Punjab Mental Hospital Lahore 1922-31 - 1922-1931
Year: 1922
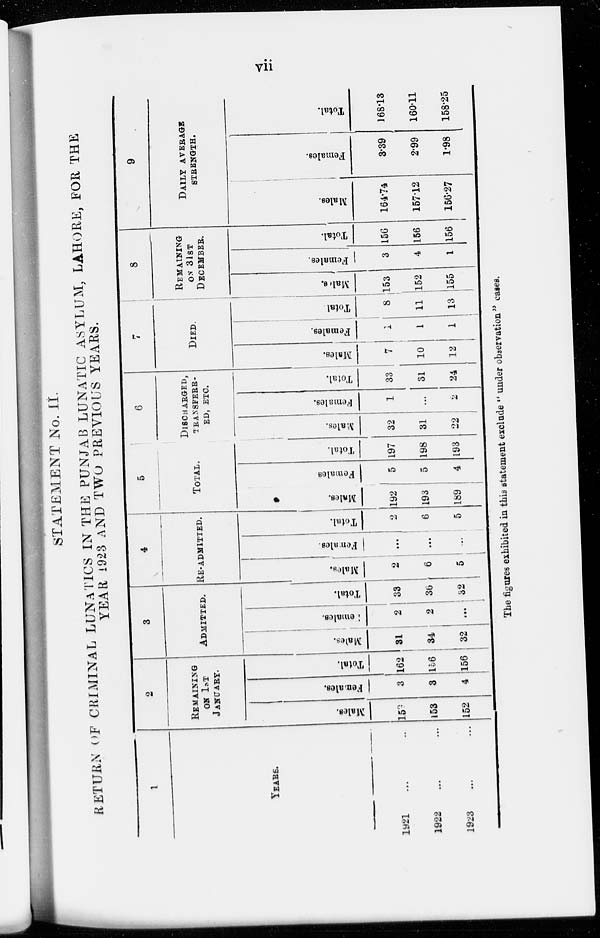
vii
STATEMENT No. II.
RETURN OF CRIMINAL LUNATICS IN THE PUNJAB LUNATIC ASYLUM, LAHORE, FOR THE
YEAR 1923 AND TWO PREVIOUS YEARS.
1
YEARS.
1921 ... ...
1922 ... ...
1923
...
...
2
REMAINING
ON 1ST
JANUARY.
Males.
159
153
152
Females.
3
3
4
Total.
162
156
156
3
ADMITTED.
Males.
31
34
32
Females.
2
2
...
Total.
33
36
32
4
RE-ADMITTED.
Males.
2
6
5
Females.
...
...
...
Total.
2
6
5
5
TOTAL.
Mal es .
192
193
189
Females.
5
5
4
Total.
197
198
193
6
DISCHARGED,
TRANSFERR-
ED, ETC.
Males.
32
31
22
Females.
1
...
2
Total.
33
31
24
7
DIED.
Males.
7
10
12
Females.
1
1
1
Total
8
11
13
8
REMAINING
ON 31ST
DECEMBER.
Males.
153
152
155
Females.
3
4
1
Total.
156
156
156
9
DAILY AVERAGE
STRENGTH.
Males.
164.74
15712
156.27
Females.
3.39
2.99
1.98
Total.
168.13
160.11
158.25
The figures exhibited in this statement exclude " under observation" cases.